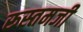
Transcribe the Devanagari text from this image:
रूस्‍तमजी